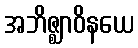
အဘိဇ္ဈာဝိနယေ